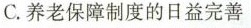
C.养老保障制度的日益完善